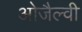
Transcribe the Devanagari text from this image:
ओजैल्वी